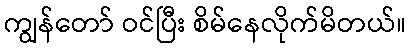
ကျွန်တော် ဝင်ပြီး စိမ်နေလိုက်မိတယ်။